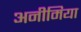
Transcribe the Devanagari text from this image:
अनीमिया